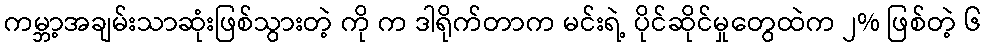
ကမ္ဘာ့အချမ်းသာဆုံးဖြစ်သွားတဲ့ ကို က ဒါရိုက်တာက မင်းရဲ့ ပိုင်ဆိုင်မှုတွေထဲက ၂% ဖြစ်တဲ့ ၆